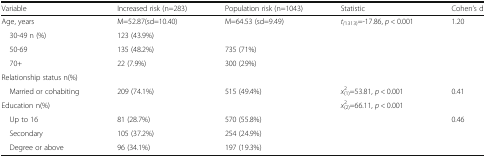
<table><thead><tr><td><b>Variable</b></td><td><b>Increased risk (n=283)</b></td><td><b>Population risk (n=1043)</b></td><td><b>Statistic</b></td><td><b>Cohen’s d</b></td></tr></thead><tbody><tr><td>Age, years</td><td>M=52.87(sd=10.40)</td><td>M=64.53 (sd=9.49)</td><td><i>t</i><sub><i>(</i>1313)</sub>=-17.86, <i>p</i> &lt; 0.001</td><td>1.20</td></tr><tr><td> 30-49 n (%)</td><td>123 (43.9%)</td><td></td><td></td><td></td></tr><tr><td> 50-69</td><td>135 (48.2%)</td><td>735 (71%)</td><td></td><td></td></tr><tr><td> 70+</td><td>22 (7.9%)</td><td>300 (29%)</td><td></td><td></td></tr><tr><td colspan="5">Relationship status n(%)</td></tr><tr><td> Married or cohabiting</td><td>209 (74.1%)</td><td>515 (49.4%)</td><td><i>x</i><sup>2</sup><sub>(1)</sub>=53.81, <i>p</i> &lt; 0.001</td><td>0.41</td></tr><tr><td>Education n(%)</td><td></td><td></td><td><i>x</i><sup>2</sup><sub>(2)</sub>=66.11, <i>p</i> &lt; 0.001</td><td></td></tr><tr><td> Up to 16</td><td>81 (28.7%)</td><td>570 (55.8%)</td><td></td><td>0.46</td></tr><tr><td> Secondary</td><td>105 (37.2%)</td><td>254 (24.9%)</td><td></td><td></td></tr><tr><td> Degree or above</td><td>96 (34.1%)</td><td>197 (19.3%)</td><td></td><td></td></tr></tbody></table>